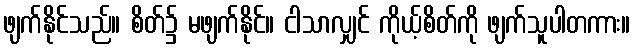
ဖျက်နိုင်သည်။ စိတ်၌ မဖျက်နိုင်။ ငါသာလျှင် ကိုယ့်စိတ်ကို ဖျက်သူပါတကား။